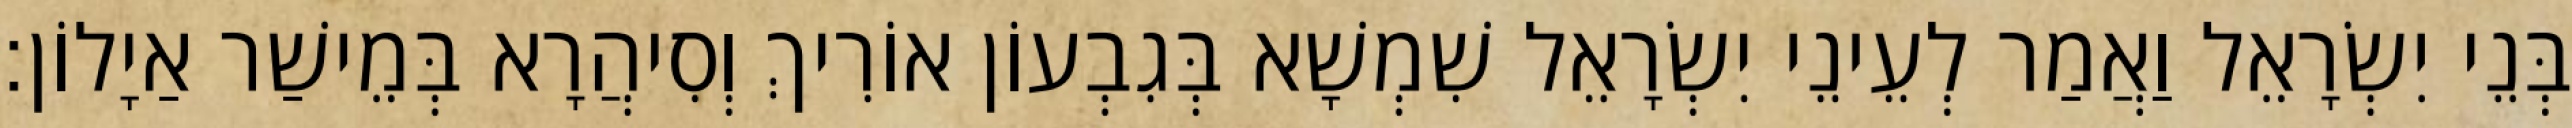
בְּנֵי יִשְׂרָאֵל וַאֲמַר לְעֵינֵי יִשְׂרָאֵל שִׁמְשָׁא בְּגִבְעוֹן אוֹרִיךְ וְסִיהֲרָא בְּמֵישַׁר אַיָלוֹן׃